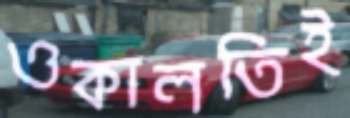
ওকালতিই